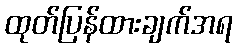
ထုတ်ပြန်ထားချက်အရ